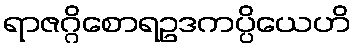
ရာဇဂ္ဂိစောရဥဒကပ္ပိယေဟိ